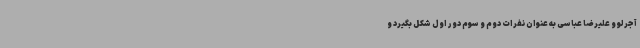
آجرلو و علیرضا عباسی به عنوان نفرات دوم و سوم دور اول شکل بگیرد و